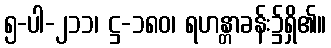
၅-ပါ-၂၁၁၊ ဋ္ဌ-၁၈၀၊ ရဟန္တာခန်း၌ရှိ၏။